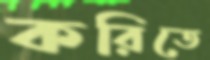
করিতে